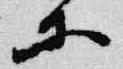
等